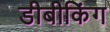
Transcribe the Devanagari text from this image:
डीबीकिंग